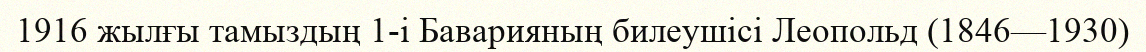
1916 жылғы тамыздың 1-і Баварияның билеушісі Леопольд (1846—1930)